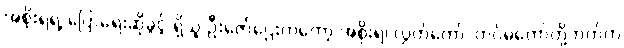
အစိုးရရဲ့ ပြောရေးဆိုခွင့် ရှိသူ ဦးဇော်ဌေးကတော့ အစိုးရ၊ လွှတ်တော်၊ တပ်မတော်တို့ဘက်က